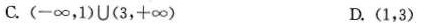
C.(-\infty ，1)U(3，+\infty ) D.(1，3)